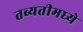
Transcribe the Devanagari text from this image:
तब्यतीमध्ये